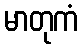
မာတုကံ